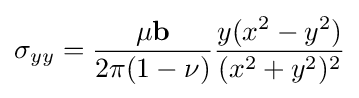
\sigma _{yy}={\frac {\mu \mathbf {b} }{2\pi (1-\nu )}}{\frac {y(x^{2}-y^{2})}{(x^{2}+y^{2})^{2}}}